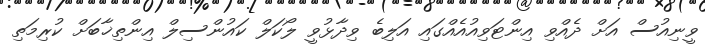
ވީނިއުސް އަށް ދެއްވި އިންޓަވިއުއެއްގައި އަލިބެ ވިދާޅުވީ ލޯކަލް ކައުންސިލް އިންތިޚާބަށް ކުރިމަތި